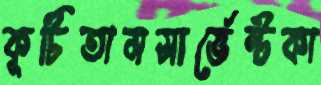
কুটিতামসার্ভেন্টকা